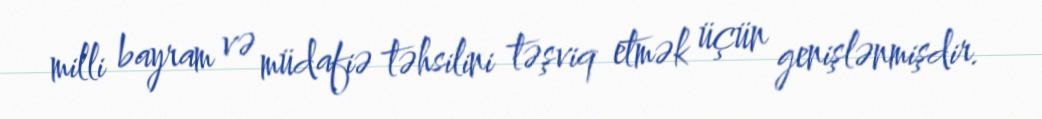
milli bayram və müdafiə təhsilini təşviq etmək üçün genişlənmişdir.